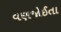
વણજોઈતા